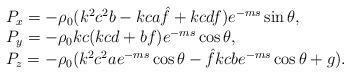
LaTeX: \begin{align*} \begin{array}{l} P_x=-\rho_0(k^2c^2b-kca\hat{f}+kcdf)e^{-ms}\sin\theta,\\ P_y=-\rho_0kc(kcd+bf)e^{-ms}\cos\theta,\\ P_z=-\rho_0(k^2c^2ae^{-ms}\cos\theta-\hat{f}kcbe^{-ms}\cos\theta+g). \end{array} \end{align*}